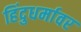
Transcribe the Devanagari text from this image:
हिंदुधर्मावर